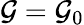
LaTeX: \mathcal{G}=\mathcal{G}_{0}